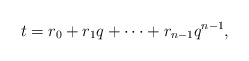
\begin{align*}t=r_0+r_1q+\cdots +r_{n-1}q^{n-1},\end{align*}